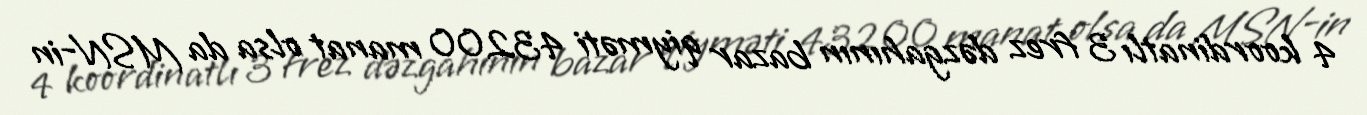
4 koordinatlı 3 frez dəzgahının bazar qiyməti 43200 manat olsa da MSN-in